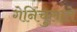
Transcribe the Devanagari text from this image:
गेनिचुलाते